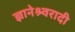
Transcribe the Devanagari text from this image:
ज्ञानेश्र्वरादी